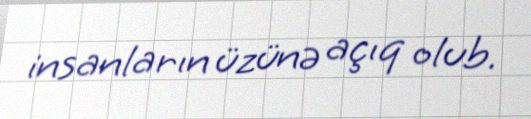
insanların üzünə açıq olub.